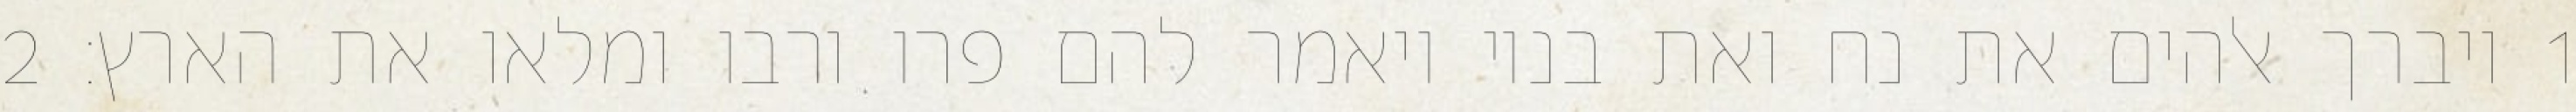
1 ויברך אלהים את נח ואת בניו ויאמר להם פרו ורבו ומלאו את הארץ׃ ‎2‏